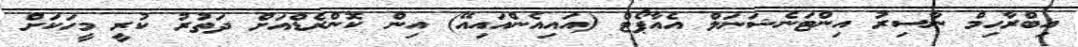
އިބްރާހިމް ނާސިރު އިންޓަނެޝަނަލް އެއާޕޯޓް (އައިއެންއައިއޭ) އިން ކޮންރެޑްއަށް ދަތުރު ކުރީ މީހަކަށް